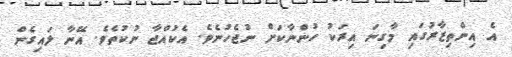
އެ އިންތިޒާރުގައި މާގިނަ އިރަކު ހުންނާކަށް ނުޖެހުނެވެ. އެކުއްޖާ ނުކުތެވެ. އޭނާ ލައިގެން